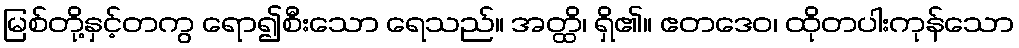
မြစ်တို့နှင့်တကွ ရော၍စီးသော ရေသည်။ အတ္ထိ၊ ရှိ၏။ ဧတဒေဝ၊ ထိုတပါးကုန်သော